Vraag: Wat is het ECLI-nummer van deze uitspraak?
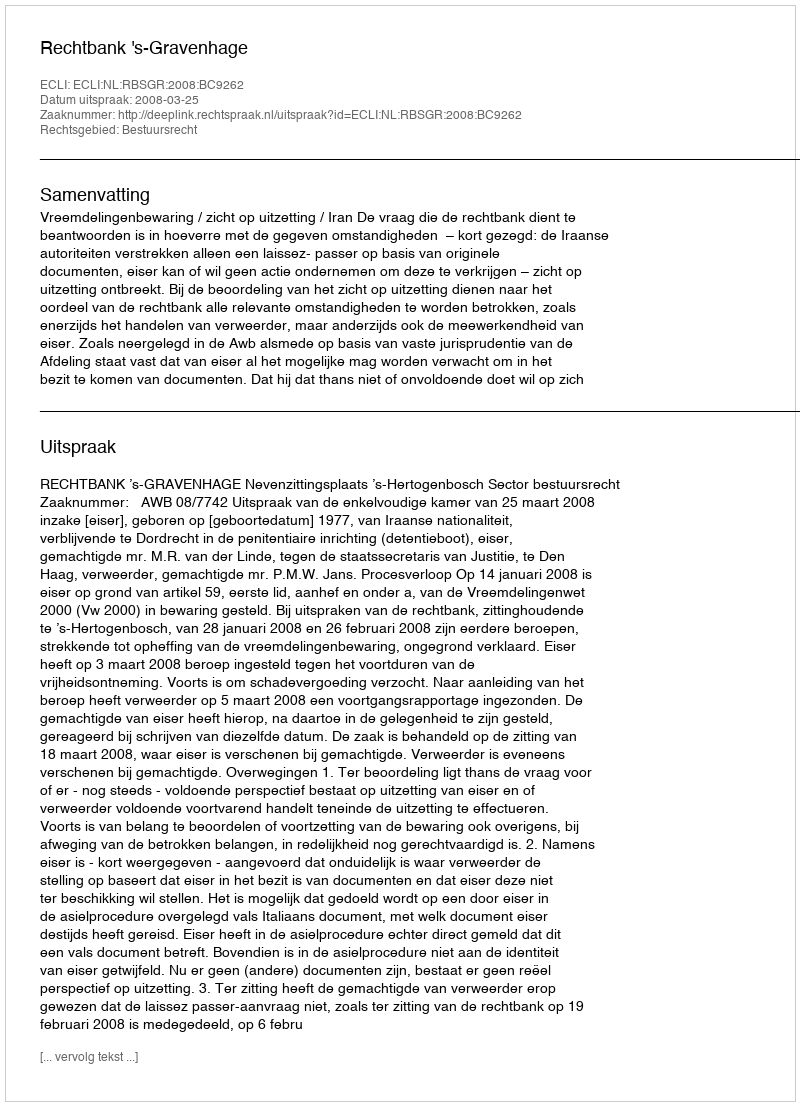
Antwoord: ECLI:NL:RBSGR:2008:BC9262